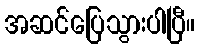
အဆင်ပြေသွားပါပြီ။